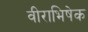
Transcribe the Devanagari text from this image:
वीराभिषेक